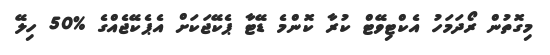
މިގޮތުން ރޯދަމަހު އެކްޓިވޭޓް ކުރާ ކޮންމެ ޑޭޓާ ޕެކޭޖަކަށް އެޕެކޭޖެއްގެ %50 ހިލޭ